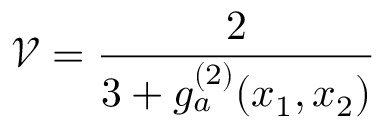
\mathcal { V } = \frac { 2 } { 3 + g _ { a } ^ { ( 2 ) } ( x _ { 1 } , x _ { 2 } ) }